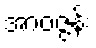
အာဝဇ္ဇန်း